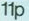
11P